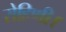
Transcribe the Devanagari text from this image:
रोहिणी।